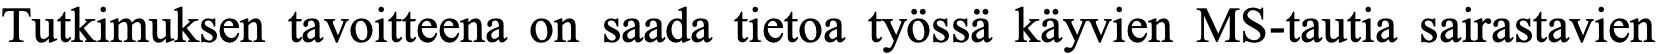
Tutkimuksen tavoitteena on saada tietoa työssä käyvien MS-tautia sairastavien